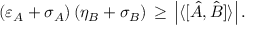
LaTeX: ( \varepsilon _ { A } + \sigma _ { A } ) \, ( \eta _ { B } + \sigma _ { B } ) \, \geq \, \left| \langle [ { \hat { A } } , { \hat { B } } ] \rangle \right| .